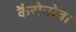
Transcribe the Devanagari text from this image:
कैसेनोवा